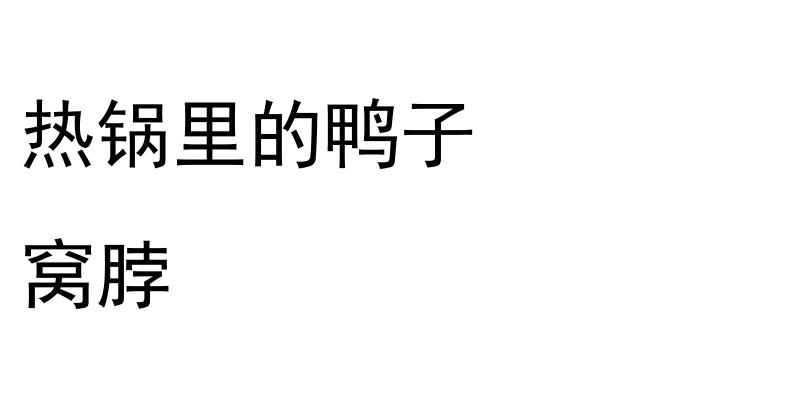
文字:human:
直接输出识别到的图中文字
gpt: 热锅里的鸭子 窝脖